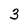
Character: 3